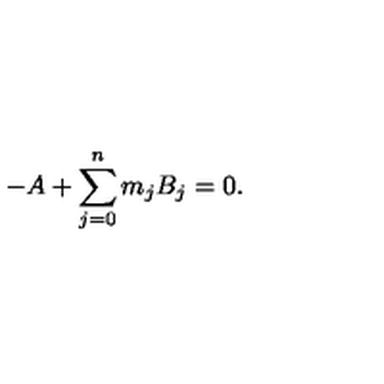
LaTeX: - A + \sum _ { j = 0 } ^ { n } m _ { j } B _ { j } = 0 .